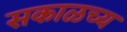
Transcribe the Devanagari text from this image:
सकाळच्य